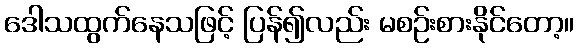
ဒေါသထွက်နေသဖြင့် ပြန်၍လည်း မစဉ်းစားနိုင်တော့။